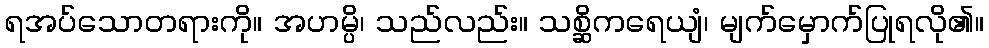
ရအပ်သောတရားကို။ အဟမ္ပိ၊ သည်လည်း။ သစ္ဆိကရေယျံ၊ မျက်မှောက်ပြုရလို၏။